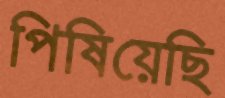
পিষিয়েছি